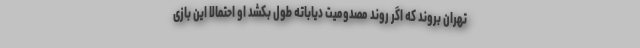
تهران بروند که اگر روند مصدومیت دیاباته طول بکشد او احتمالا این بازی